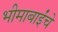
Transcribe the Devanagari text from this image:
भीमाबाईंचे